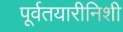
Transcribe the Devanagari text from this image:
पूर्वतयारीनिशी